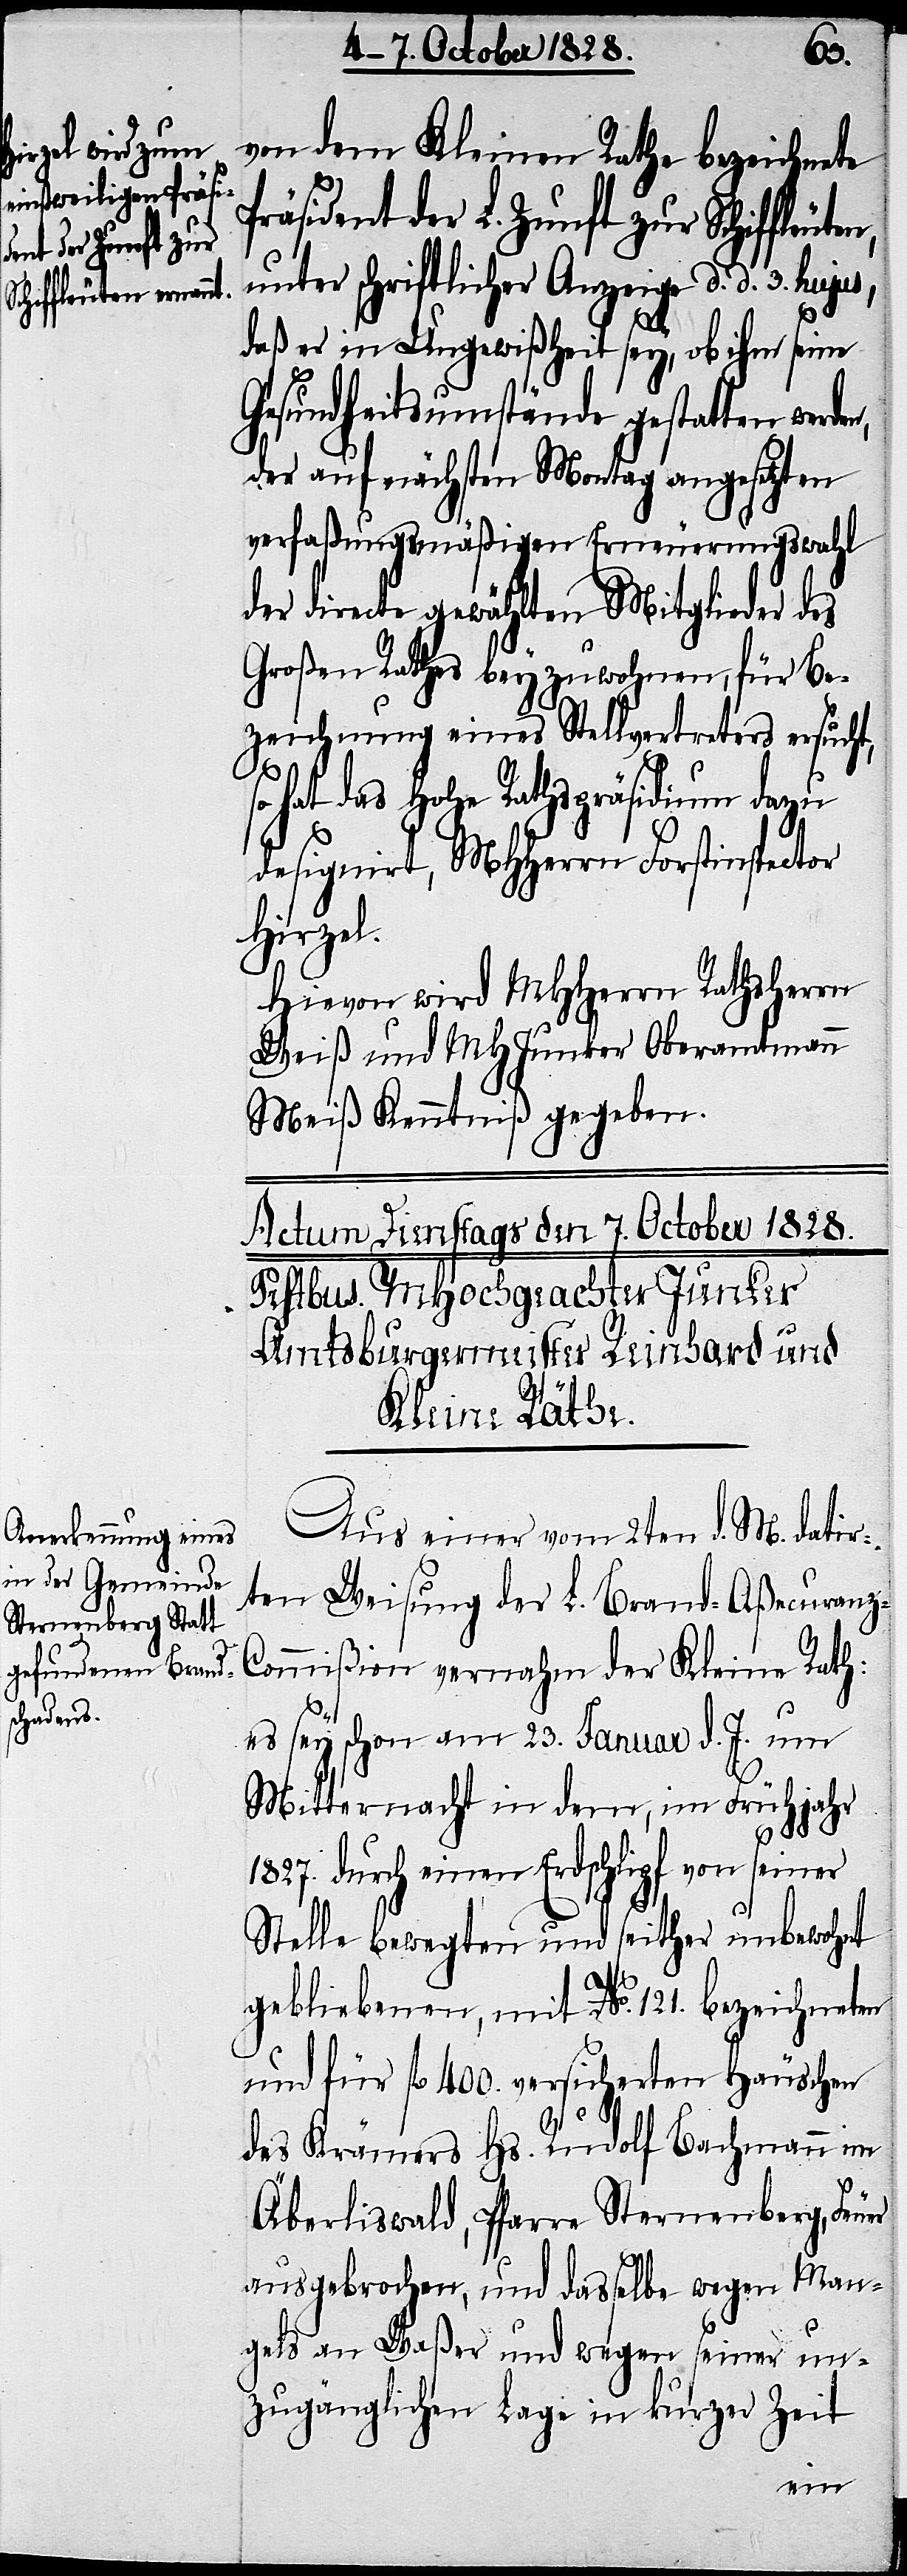
von dem Kleinen Rathe bezeichnete
Präsident der L. Zunft zur Schiffleut¬
unter schriftlicher Anzeige d. d. 3. huju¬
daß er in Ungewißheit sey, ob ihm seine
Gesundheitsumstände gestatten werd¬
der auf nächsten Montag angesetzten
verfaßungsmäßigen Erneuerungswahl
der directe gewählten Mitglieder des
Großen Rathes beyzuwohnen, für Be¬
zeichnung eines Stellvertreters ersucht,
so hat das Hohe Rathspräsidium dazu
designirt, MHHerrn Forstinspector
Hirzel.
Hievon wird MHHerrn Rathsherrn
Weiß und MHJunker Oberamtmann
Meiß Kenntniß gegeben.
Aus einer vom 2ten d. M. datir¬
ten Weisung der L. Brand-Aßecuran¬
ommißion vernahm der Kleine Rath:
es sey schon am 23. Januar d. J. um
Mitternacht in dem, im Frühjahr
1827. durch einen Erdschlipf von seiner
Stelle bewegten und seither unbewohnt
gebliebenen, mit No. 121. bezeichneten
und für fl. 400. versicherten Häuschen
des Krämers Hs. Rudolf Bachmann im
Äberliswald, Pfarre Sternenberg, Feu¬
ausgebrochen, und dasselbe wegen Man¬
er
gels an Waßer und wegen seiner un¬
zugänglichen Lage in kurzer Zeit